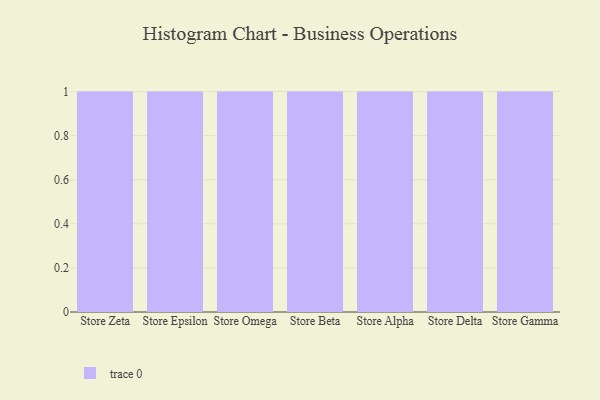
{"axis": {"x": "Store", "y": "Waste Production (Tons)"}, "legend": [""], "data": [{"x": "Store Zeta", "y": 77, "type": ""}, {"x": "Store Epsilon", "y": 78, "type": ""}, {"x": "Store Omega", "y": 24, "type": ""}, {"x": "Store Beta", "y": 83, "type": ""}, {"x": "Store Alpha", "y": 82, "type": ""}, {"x": "Store Delta", "y": 61, "type": ""}, {"x": "Store Gamma", "y": 22, "type": ""}]}